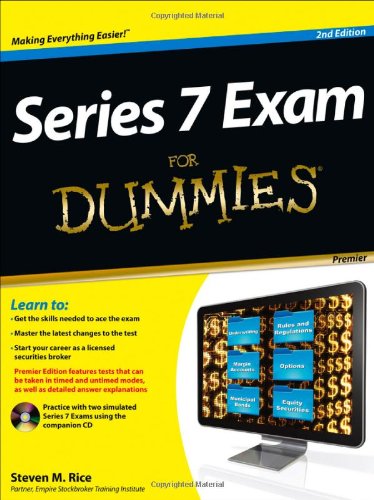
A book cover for Series 7 Exam For Dummies; Steven M. Rice; Test Preparation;